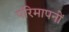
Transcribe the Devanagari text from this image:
परिमापनों